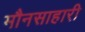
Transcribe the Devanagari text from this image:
मौनसाहारी